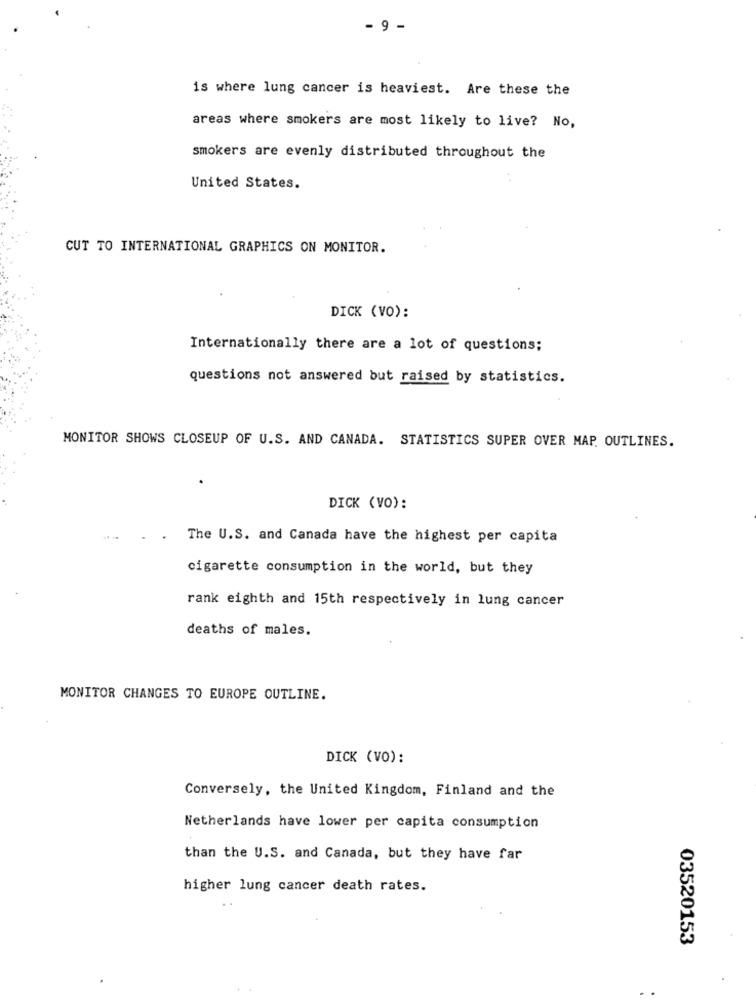
- 9 -
is where lung cancer is heaviest. Are these the
areas where smokers are most likely to live? No,
smokers are evenly distributed throughout the
United States.
CUT TO INTERNATIONAL GRAPHICS ON MONITOR.
DICK (VO):
Internationally there are a lot of questions;
questions not answered but raised by statistics.
MONITOR SHOWS CLOSEUP OF U.S. AND CANADA. STATISTICS SUPER OVER MAP. OUTLINES.
DICK (VO):
The U.S. and Canada have the highest per capita
cigarette consumption in the world, but they
rank eighth and 15th respectively in lung cancer
deaths of males.
MONITOR CHANGES TO EUROPE OUTLINE.
DICK (VO):
Conversely, the United Kingdom, Finland and the
Netherlands have lower per capita consumption
than the U.S. and Canada, but they have far
higher lung cancer death rates.
03520153